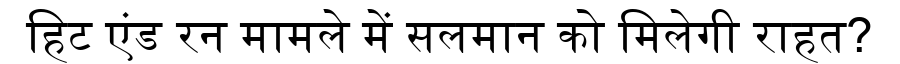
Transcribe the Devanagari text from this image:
हिट एंड रन मामले में सलमान को मिलेगी राहत?